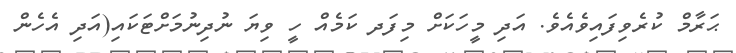
ޙަރާމް ކުރެވިފައިވެއެވެ. އަދި މީހަކަށް މިފަދ ކަމެއް ހީ ވިޔަ ނުދިނުމަށްޓަކައި(އަދި އެހެން